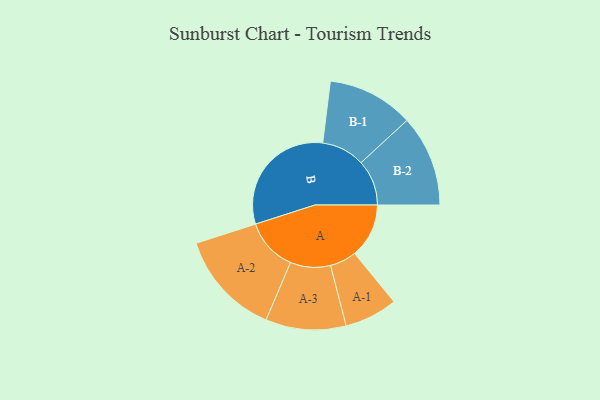
{"axis": {"x": "Segment", "y": "Value"}, "legend": ["", "A", "B"], "data": [{"x": "A", "y": 219, "type": ""}, {"x": "B", "y": 496, "type": ""}, {"x": "A-1", "y": 107, "type": "A"}, {"x": "A-2", "y": 212, "type": "A"}, {"x": "A-3", "y": 162, "type": "A"}, {"x": "B-1", "y": 174, "type": "B"}, {"x": "B-2", "y": 184, "type": "B"}]}